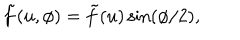
\tilde { f } ( u , \phi ) = \tilde { f } ( u ) \sin ( \phi / 2 ) ,